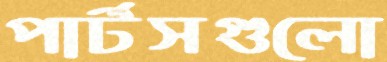
পার্টসগুলো